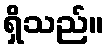
ရှိသည်။